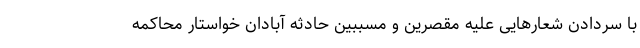
با سردادن شعارهایی علیه مقصرین و مسببین حادثه آبادان خواستار محاکمه